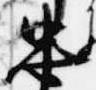
忠